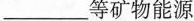
____等矿物能源